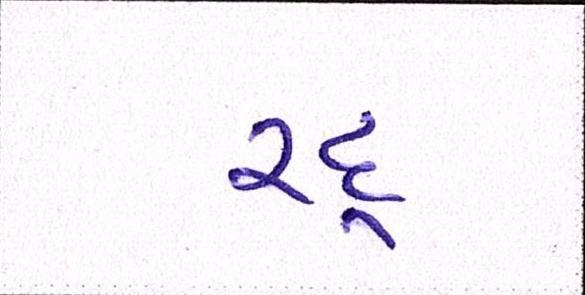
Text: રદ્